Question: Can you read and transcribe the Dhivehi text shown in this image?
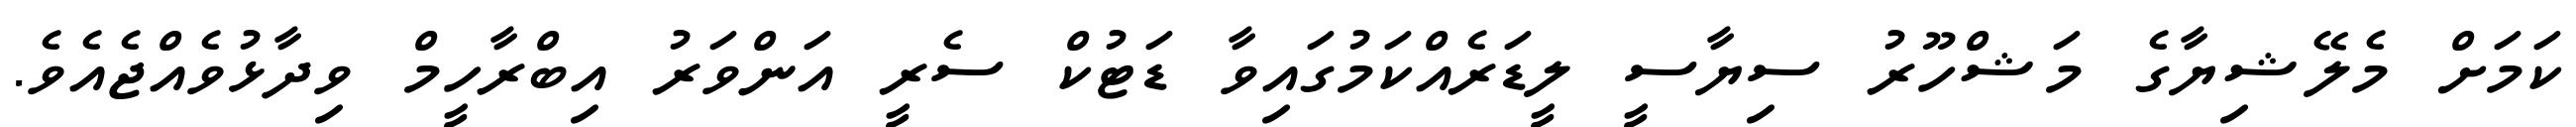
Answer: ކަމަށް މެލޭޝިޔާގެ މަޝްހޫރު ސިޔާސީ ލީޑަރެއްކަމުގައިވާ ޑަޓުކް ސެރީ އަންވަރު އިބްރާހީމް ވިދާޅުވެއްޖެއެވެ.